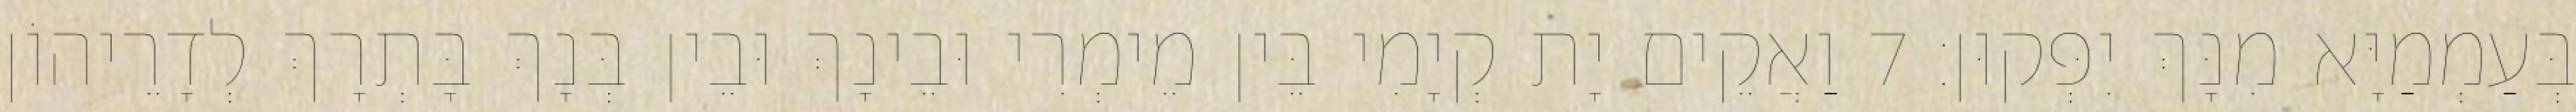
בְּעַמְמַיָּא מִנָּךְ יִפְּקוּן׃ 7 וַאֲקֵים יָת קְיָמִי בֵּין מֵימְרִי וּבֵינָךְ וּבֵין בְּנָךְ בָּתְרָךְ לְדָרֵיהוֹן